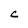
Character: C